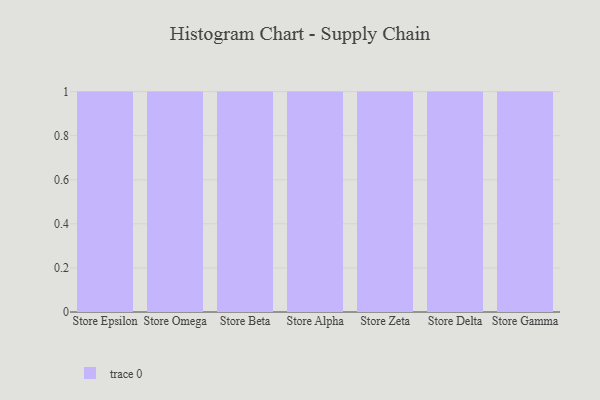
{"axis": {"x": "Store", "y": "Latency (ms)"}, "legend": [""], "data": [{"x": "Store Epsilon", "y": 76, "type": ""}, {"x": "Store Omega", "y": 73, "type": ""}, {"x": "Store Beta", "y": 45, "type": ""}, {"x": "Store Alpha", "y": 17, "type": ""}, {"x": "Store Zeta", "y": 70, "type": ""}, {"x": "Store Delta", "y": 84, "type": ""}, {"x": "Store Gamma", "y": 73, "type": ""}]}